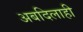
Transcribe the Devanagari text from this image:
अबदिलाही